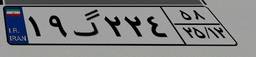
۱۹گ۲۲۴۵۸